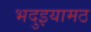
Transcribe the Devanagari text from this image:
भदुइयामठ